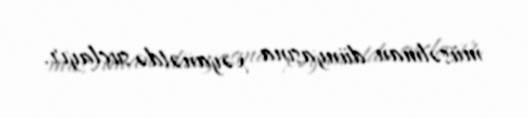
müsəlman dünyasına xəyanətdə suçlayır.